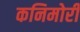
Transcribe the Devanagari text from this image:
कनिमोरी